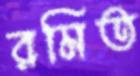
রমিত